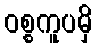
ဝစ္စကူပမှိ